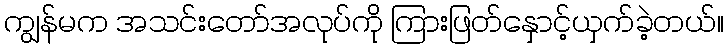
ကျွန်မက အသင်းတော်အလုပ်ကို ကြားဖြတ်နှောင့်ယှက်ခဲ့တယ်။